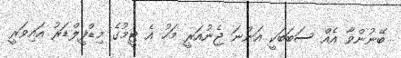
ބޭނުންވާ އެއް ސަބަބަކީ އަންނަ ޖެނުއަރީ މަހު އެ ޓީމުގެ މިޑްފީލްޑަރު އައިވަރީ